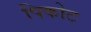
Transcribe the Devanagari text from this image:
पिकोट